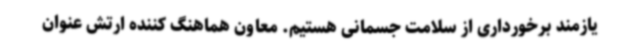
یازمند برخورداری از سلامت جسمانی هستیم. معاون هماهنگ کننده ارتش عنوان